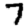
Digit: 7